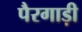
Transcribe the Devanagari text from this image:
पैरगाड़ी